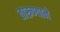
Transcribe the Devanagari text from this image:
तारुण्याने